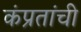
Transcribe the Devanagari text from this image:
कंप्रतांची